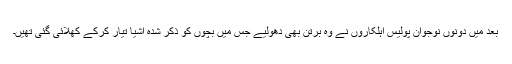
بعد میں دونوں نوجوان پولیس اہلکاروں نے وہ برتن بھی دھولیے جس میں بچوں کو ذکر شدہ اشیا تیار کرکے کھلائی گئی تھیں۔